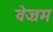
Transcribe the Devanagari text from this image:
वेज्रम